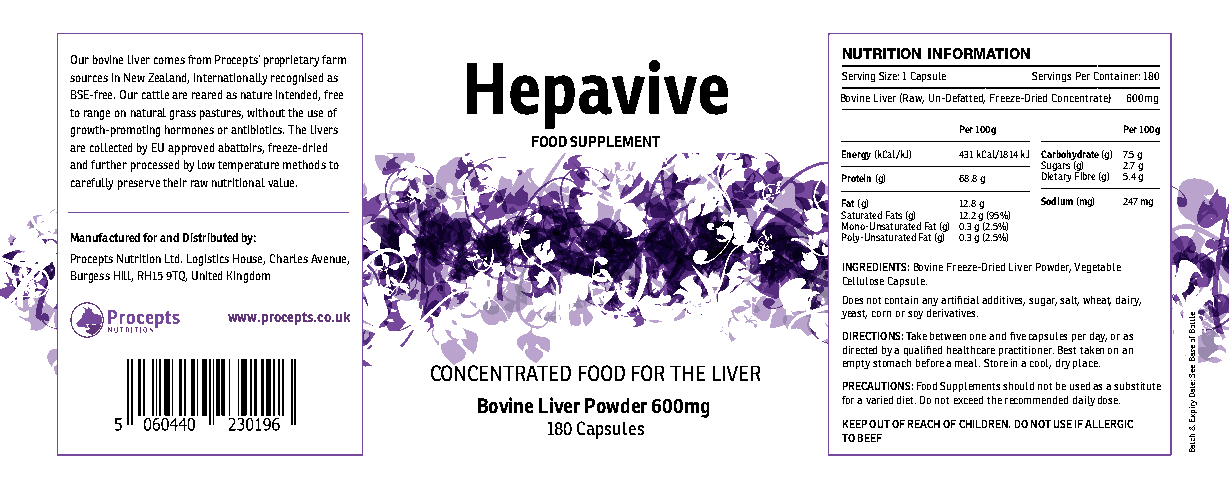
NUTRITION INFORMATION
 Our bovine liver comes from Procepts’ proprietary farm
 Hepavive
 sources in New Zealand, internationally recognised as Serving Size: 1 Capsule Servings Per Container: 180
 BSE-free. Our cattle are reared as nature intended, free Bovine Liver (Raw, Un-Defatted, Freeze-Dried Concentrate) 600mg
 to range on natural grass pastures, without the use of
 growth-promoting hormones or antibiotics. The livers      Per 100g   Per 100g
 FOOD SUPPLEMENT
 are collected by EU approved abattoirs, freeze-dried
 Energy (kCal/kJ) 431 kCal/1814 kJ Carbohydrate (g) 7.5 g
 and further processed by low temperature methods to             Sugars (g) 2.7 g
 carefully preserve their raw nutritional value.    Protein (g) 68.8 g Dietary Fibre (g) 5.4 g
 Fat (g) 12.8 g Sodium (mg) 247 mg
 Saturated Fats (g) 12.2 g (95%)
 Mono-Unsaturated Fat (g) 0.3 g (2.5%)
 Manufactured for and Distributed by:               Poly-Unsaturated Fat (g) 0.3 g (2.5%)
 Procepts Nutrition Ltd. Logistics House, Charles Avenue,
 INGREDIENTS: Bovine Freeze-Dried Liver Powder, Vegetable
 Burgess Hill, RH15 9TQ, United Kingdom             Cellulose Capsule.
 Does not contain any artificial additives, sugar, salt, wheat, dairy,
 www.procepts.co.uk                       yeast, corn or soy derivatives.
 DIRECTIONS: Take between one and five capsules per day, or as
 directed by a qualified healthcare practitioner. Best taken on an
 CONCENTRATED FOOD FOR THE LIVER empty stomach before a meal. Store in a cool, dry place.
 PRECAUTIONS: Food Supplements should not be used as a substitute
 Bovine Liver Powder 600mg for a varied diet. Do not exceed the recommended daily dose.
 180 Capsules        KEEP OUT OF REACH OF CHILDREN. DO NOT USE IF ALLERGIC
 TO BEEF
 elttoB
 fo
 esaB
 eeS
 :etaD
 yripxE
 &
 hctaB